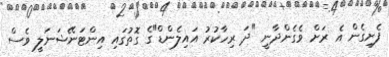
ފެށިގެން އެ ރަށް ވެގެންދާނީ "ދަ ރިހާކުރު އައިލެންޑް"ގެ ގޮތުގައި އިންޓަނޭޝަނަލީ ވެސް